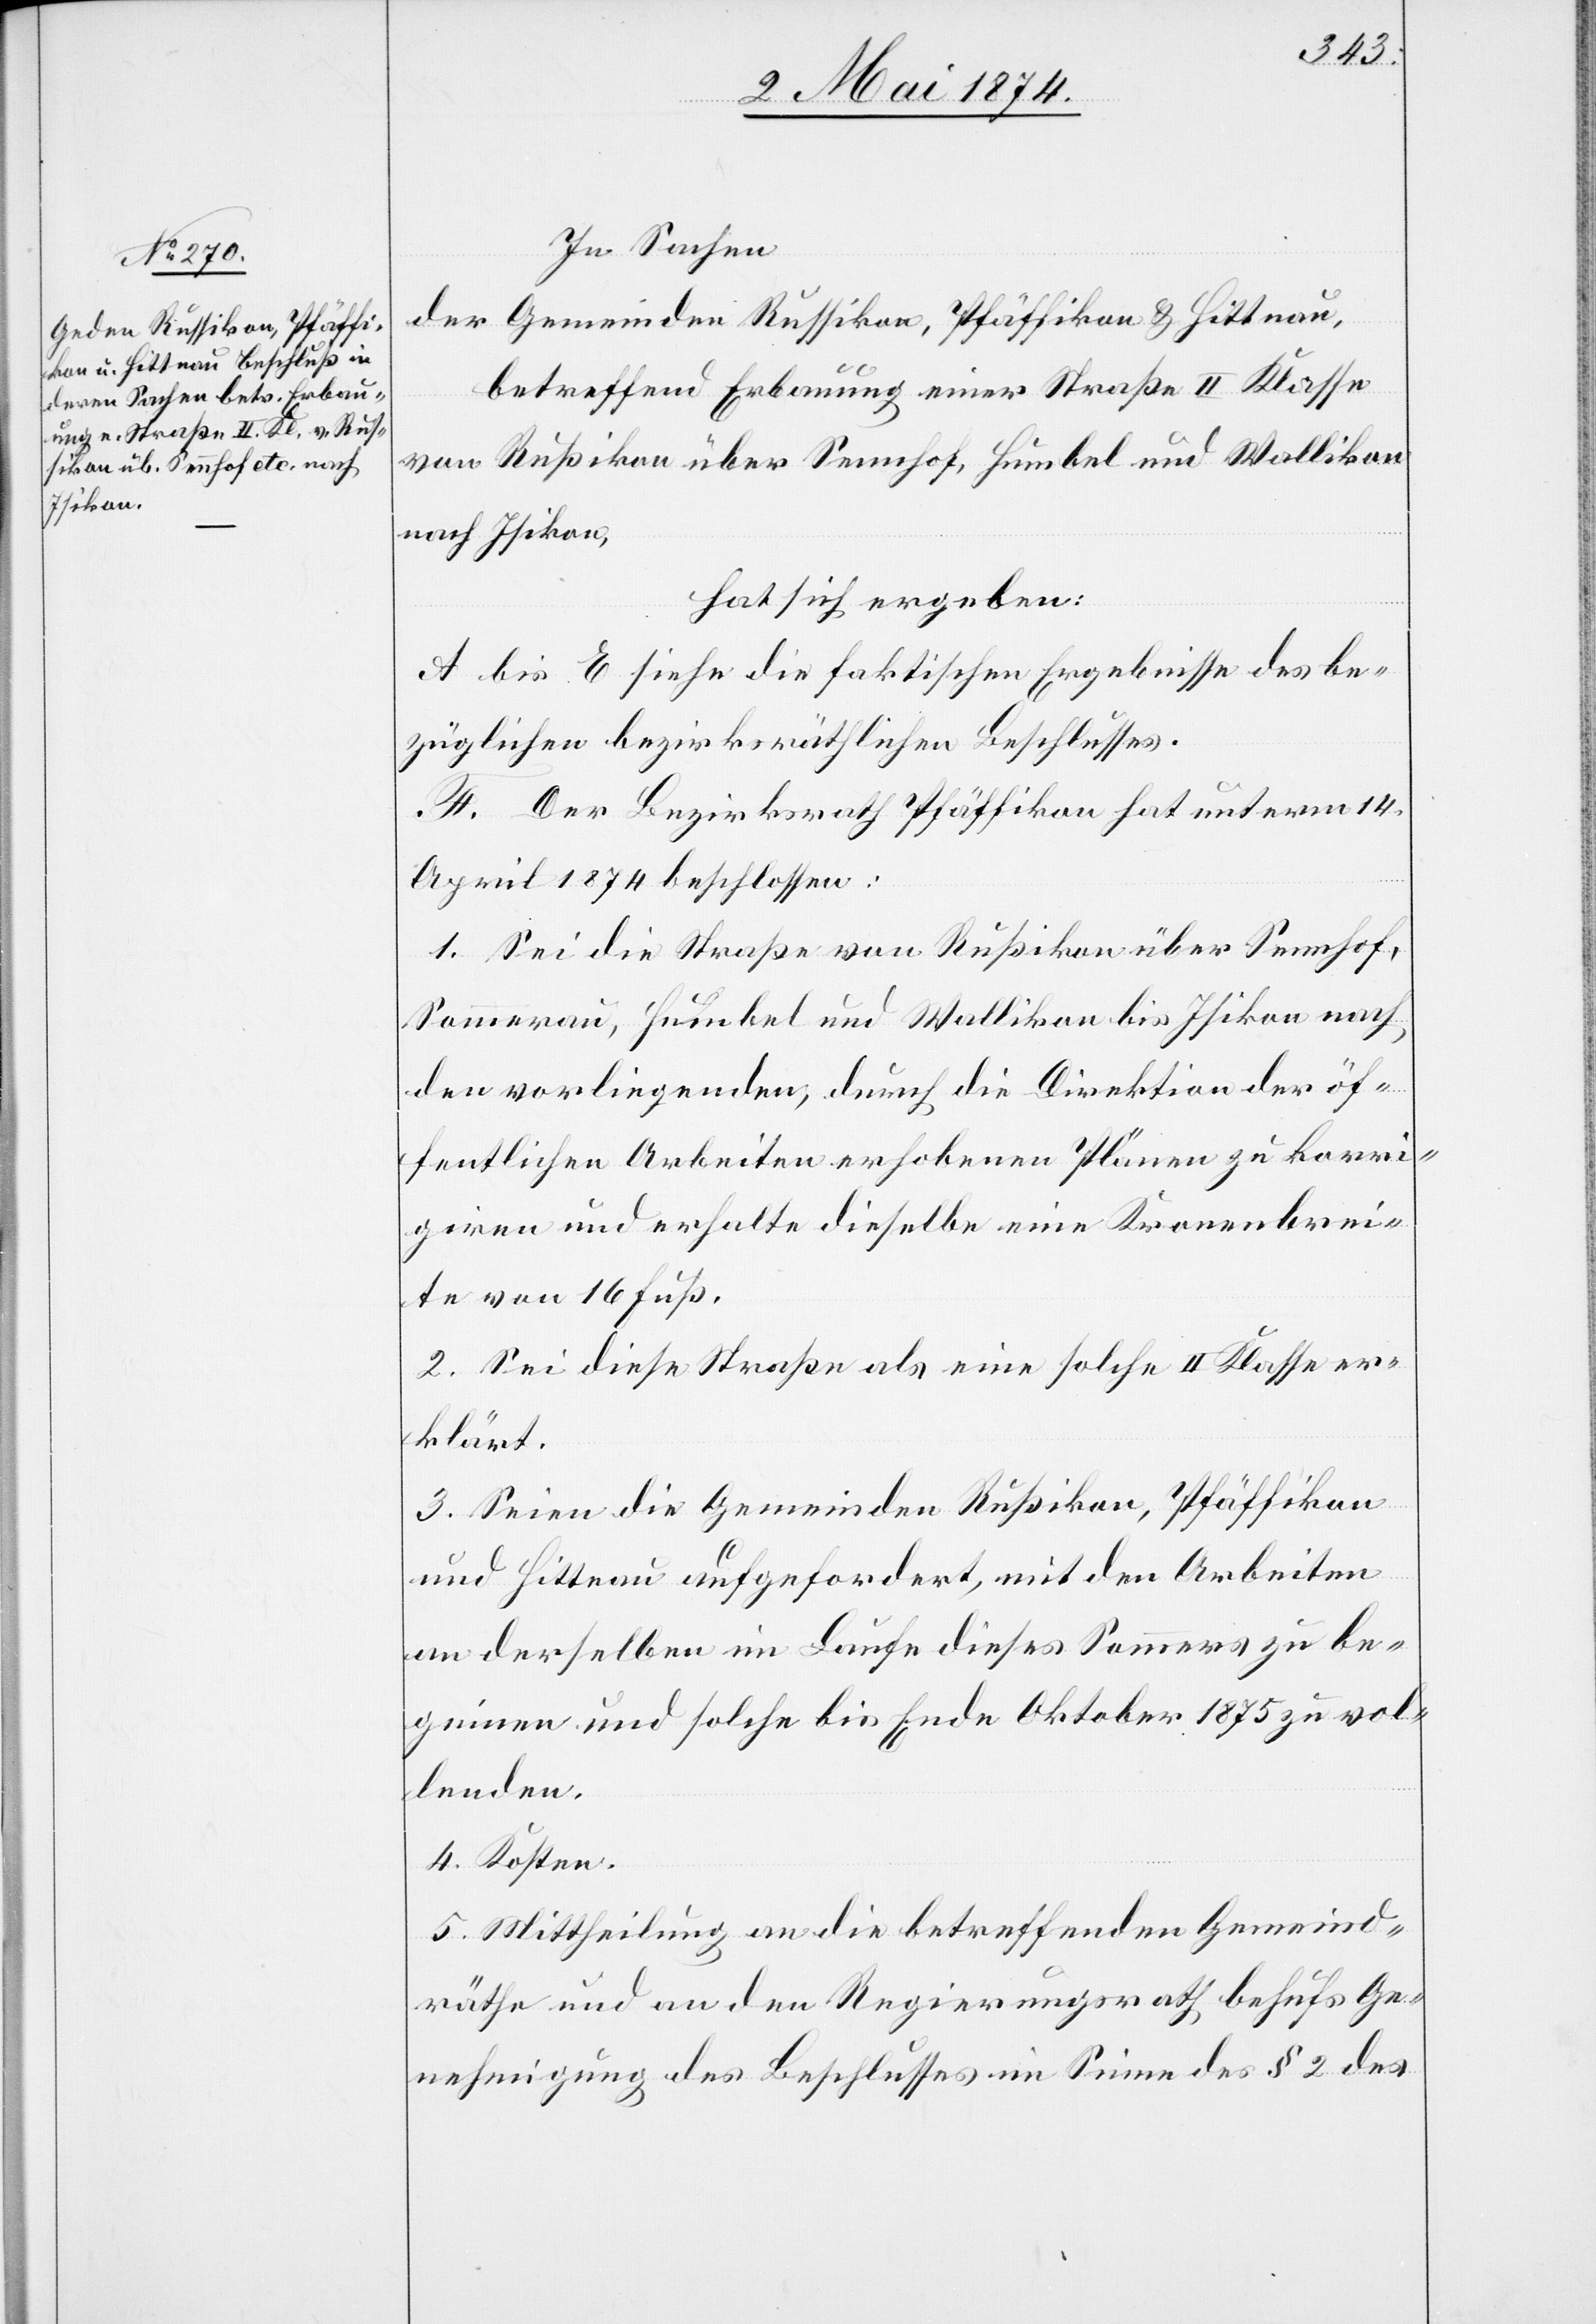
In Sachen
der Gemeinden Russikon, Pfäffikon u. Hittnau,
betreffend Erbauung einer Straße II. Klasse
von Rußikon [sic!] über Sennhof, Humbel und Wallikon
nach Isikon,
hat sich ergeben:
A bis E siehe die faktischen Ergebnisse des be¬
züglichen bezirksräthlichen Beschlusses.
F. Der Bezirksrath Pfäffikon hat unterm 14.
April 1874 beschlossen:
1. Sei die Straße von Rußikon über Sennhof,
Sommerau, Humbel und Wallikon bis Isikon nach
den vorliegenden, durch die Direktion der öf¬
fentlichen Arbeiten erhobenen Pläne zu korri¬
giren und erhalte dieselbe eine Kronenbrei¬
te von 16 Fuß.
2. Sei diese Straße als eine solche II. Klasse er¬
klärt.
3. Seien die Gemeinden Rußikon, Pfäffikon
und Hittnau aufgefordert, mit den Arbeiten
an derselben im Laufe dieses Sommers zu be¬
ginnen und solche bis Ende Oktober 1875 zu vol¬
lenden.
4. Kosten.
5. Mittheilung an die betreffenden Gemeind¬
räthe und an den Regierungsrath behufs Ge¬
nehmigung des Beschlusses im Sinne des § 2 des